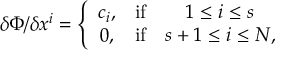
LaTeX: \delta \Phi / \delta x ^ { i } = \left\{ \begin{array} { c c c } { { c _ { i } , } } & { { \mathrm { i f } } } & { { 1 \leq i \leq s \nonumber } } \\ { { 0 , } } & { { \mathrm { i f } } } & { { s + 1 \leq i \leq N , } } \end{array} \right.